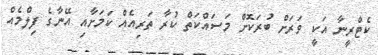
ކެޓްރީނާ އަކީ ވަރަށް ބުރަކޮށް މަސައްކަތް ކުރާ ތަރިއެއް ކަމަށާއި އޭނާގެ ފިލްމެއް